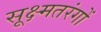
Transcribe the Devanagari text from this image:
सूक्ष्मतरंगों